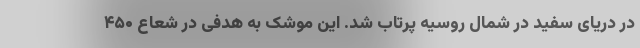
در دریای سفید در شمال روسیه پرتاب شد. این موشک به هدفی در شعاع ۴۵۰